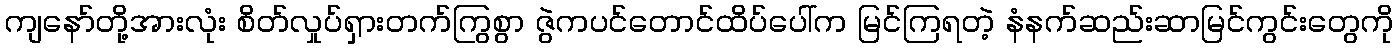
ကျနော်တို့အားလုံး စိတ်လှုပ်ရှားတက်ကြွစွာ ဇွဲကပင်တောင်ထိပ်ပေါ်က မြင်ကြရတဲ့ နံနက်ဆည်းဆာမြင်ကွင်းတွေကို